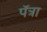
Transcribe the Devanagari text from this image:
पॅत्रा